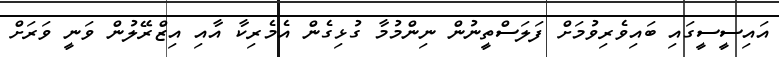
އައިސީސީގައި ބައިވެރިވުމަށް ފަލަސްތީނުން ނިންމުމާ ގުޅިގެން އެމެރިކާ އާއި އިޒްރޭލުން ވަނީ ވަރަށް